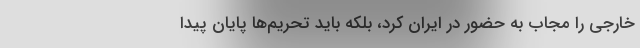
خارجی را مجاب به حضور در ایران کرد، بلکه باید تحریم‌ها پایان پیدا